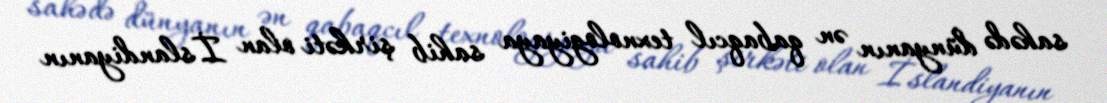
sahədə dünyanın ən qabaqcıl texnologiyaya sahib şirkəti olan İslandiyanın